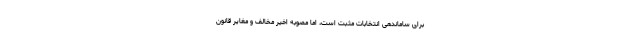
برای ساماندهی انتخابات مثبت است، اما مصوبه اخیر مخالف و مغایر قانون